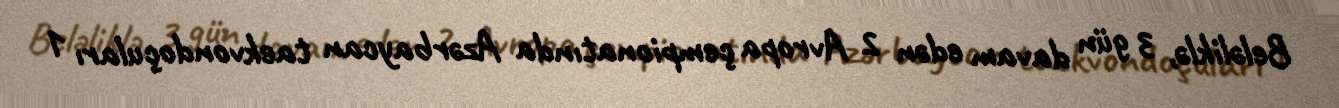
Beləliklə, 3 gün davam edən 2 Avropa çempionatında Azərbaycan taekvondoçuları 1